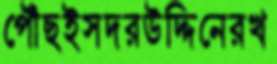
পৌঁছইসদরউদ্দিনেরখ